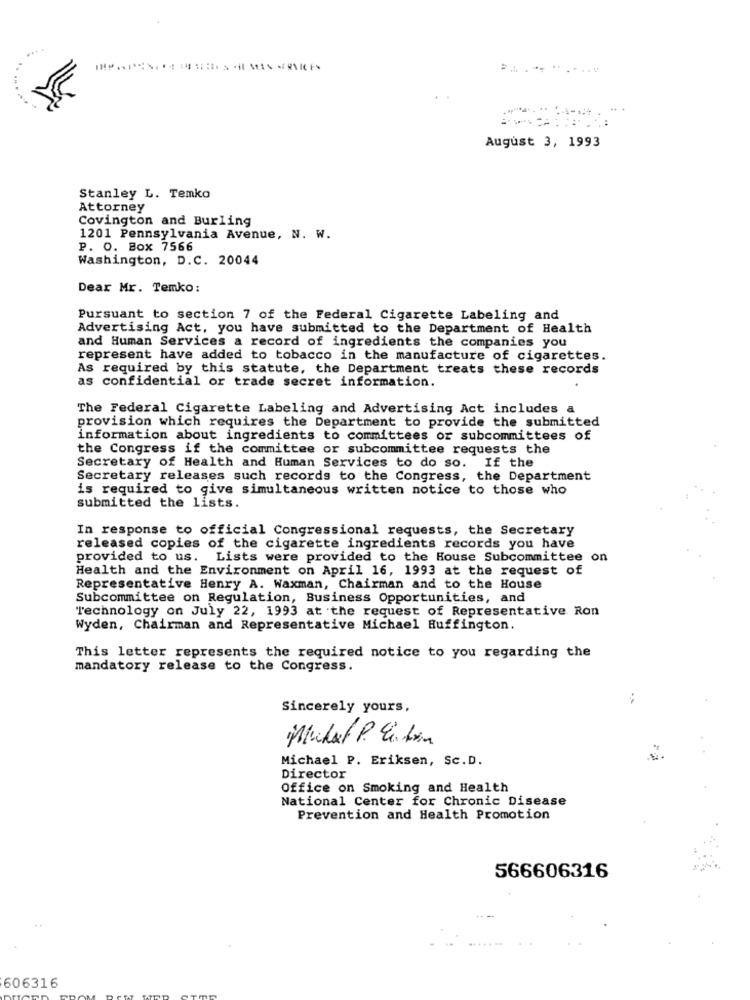
August 3, 1993
Stanley L. Temko
Attorney
Covington and Burling
1201 Pennsylvania Avenue, N. W.
P. O. Box 7566
Washington, D.C. 20044
Dear Mr. Temko:
Pursuant to section 7 of the Federal Cigarette Labeling and
Advertising Act, you have submitted to the Department of Health
and Human Services a record of ingredients the companies you
represent have added to tobacco in the manufacture of cigarettes.
As required by this statute, the Department treats these records
as confidential or trade secret information.
The Federal Cigarette Labeling and Advertising Act includes a
provision which requires the Department to provide the submitted
information about ingredients to committees or subcommittees of
the Congress if the committee or subcommittee requests the
Secretary of Health and Human Services to do so. If the
Secretary releases such records to the Congress, the Department
is required to give simultaneous written notice to those who
submitted the lists.
In response to official Congressional requests, the Secretary
released copies of the cigarette ingredients records you have
provided to us. Lists were provided to the House Subcommittee on
Health and the Environment on April 16, 1993 at the request of
Representative Henry A. Waxman, Chairman and to the House
Subcommittee on Regulation, Business Opportunities, and
Technology on July 22, 1993 at the request of Representative Ron
Wyden, Chairman and Representative Michael Huffington.
This letter represents the required notice to you regarding the
mandatory release to the Congress.
Sincerely yours,
Muhat P. E. han
Michael P. Eriksen, Sc.D.
Director
Office on Smoking and Health
National Center for Chronic Disease
Prevention and Health Promotion
566606316
606316